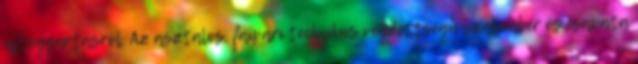
ajtógyártásról. Az asztalos, faipari technikus végzettségû szakember és csapata